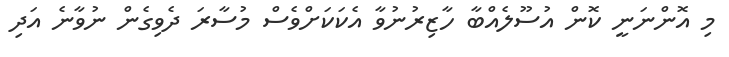
މި އޮންނަނީ ކޮން އުސޫލެއްބާ ހާޒިރުނުވާ އެކަކަށްވެސް މުސާރަ ދެވިގެން ނުވާނެ އަދި